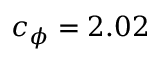
c _ { \phi } = 2 . 0 2